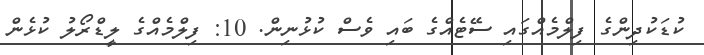
ކުޑަކުދިންގެ ފިލްމެއްގައި ސޭޓެއްގެ ބައި ވެސް ކުޅުނިން. 10: ފިލްމެއްގެ ލީޑްރޯލު ކުޅެން